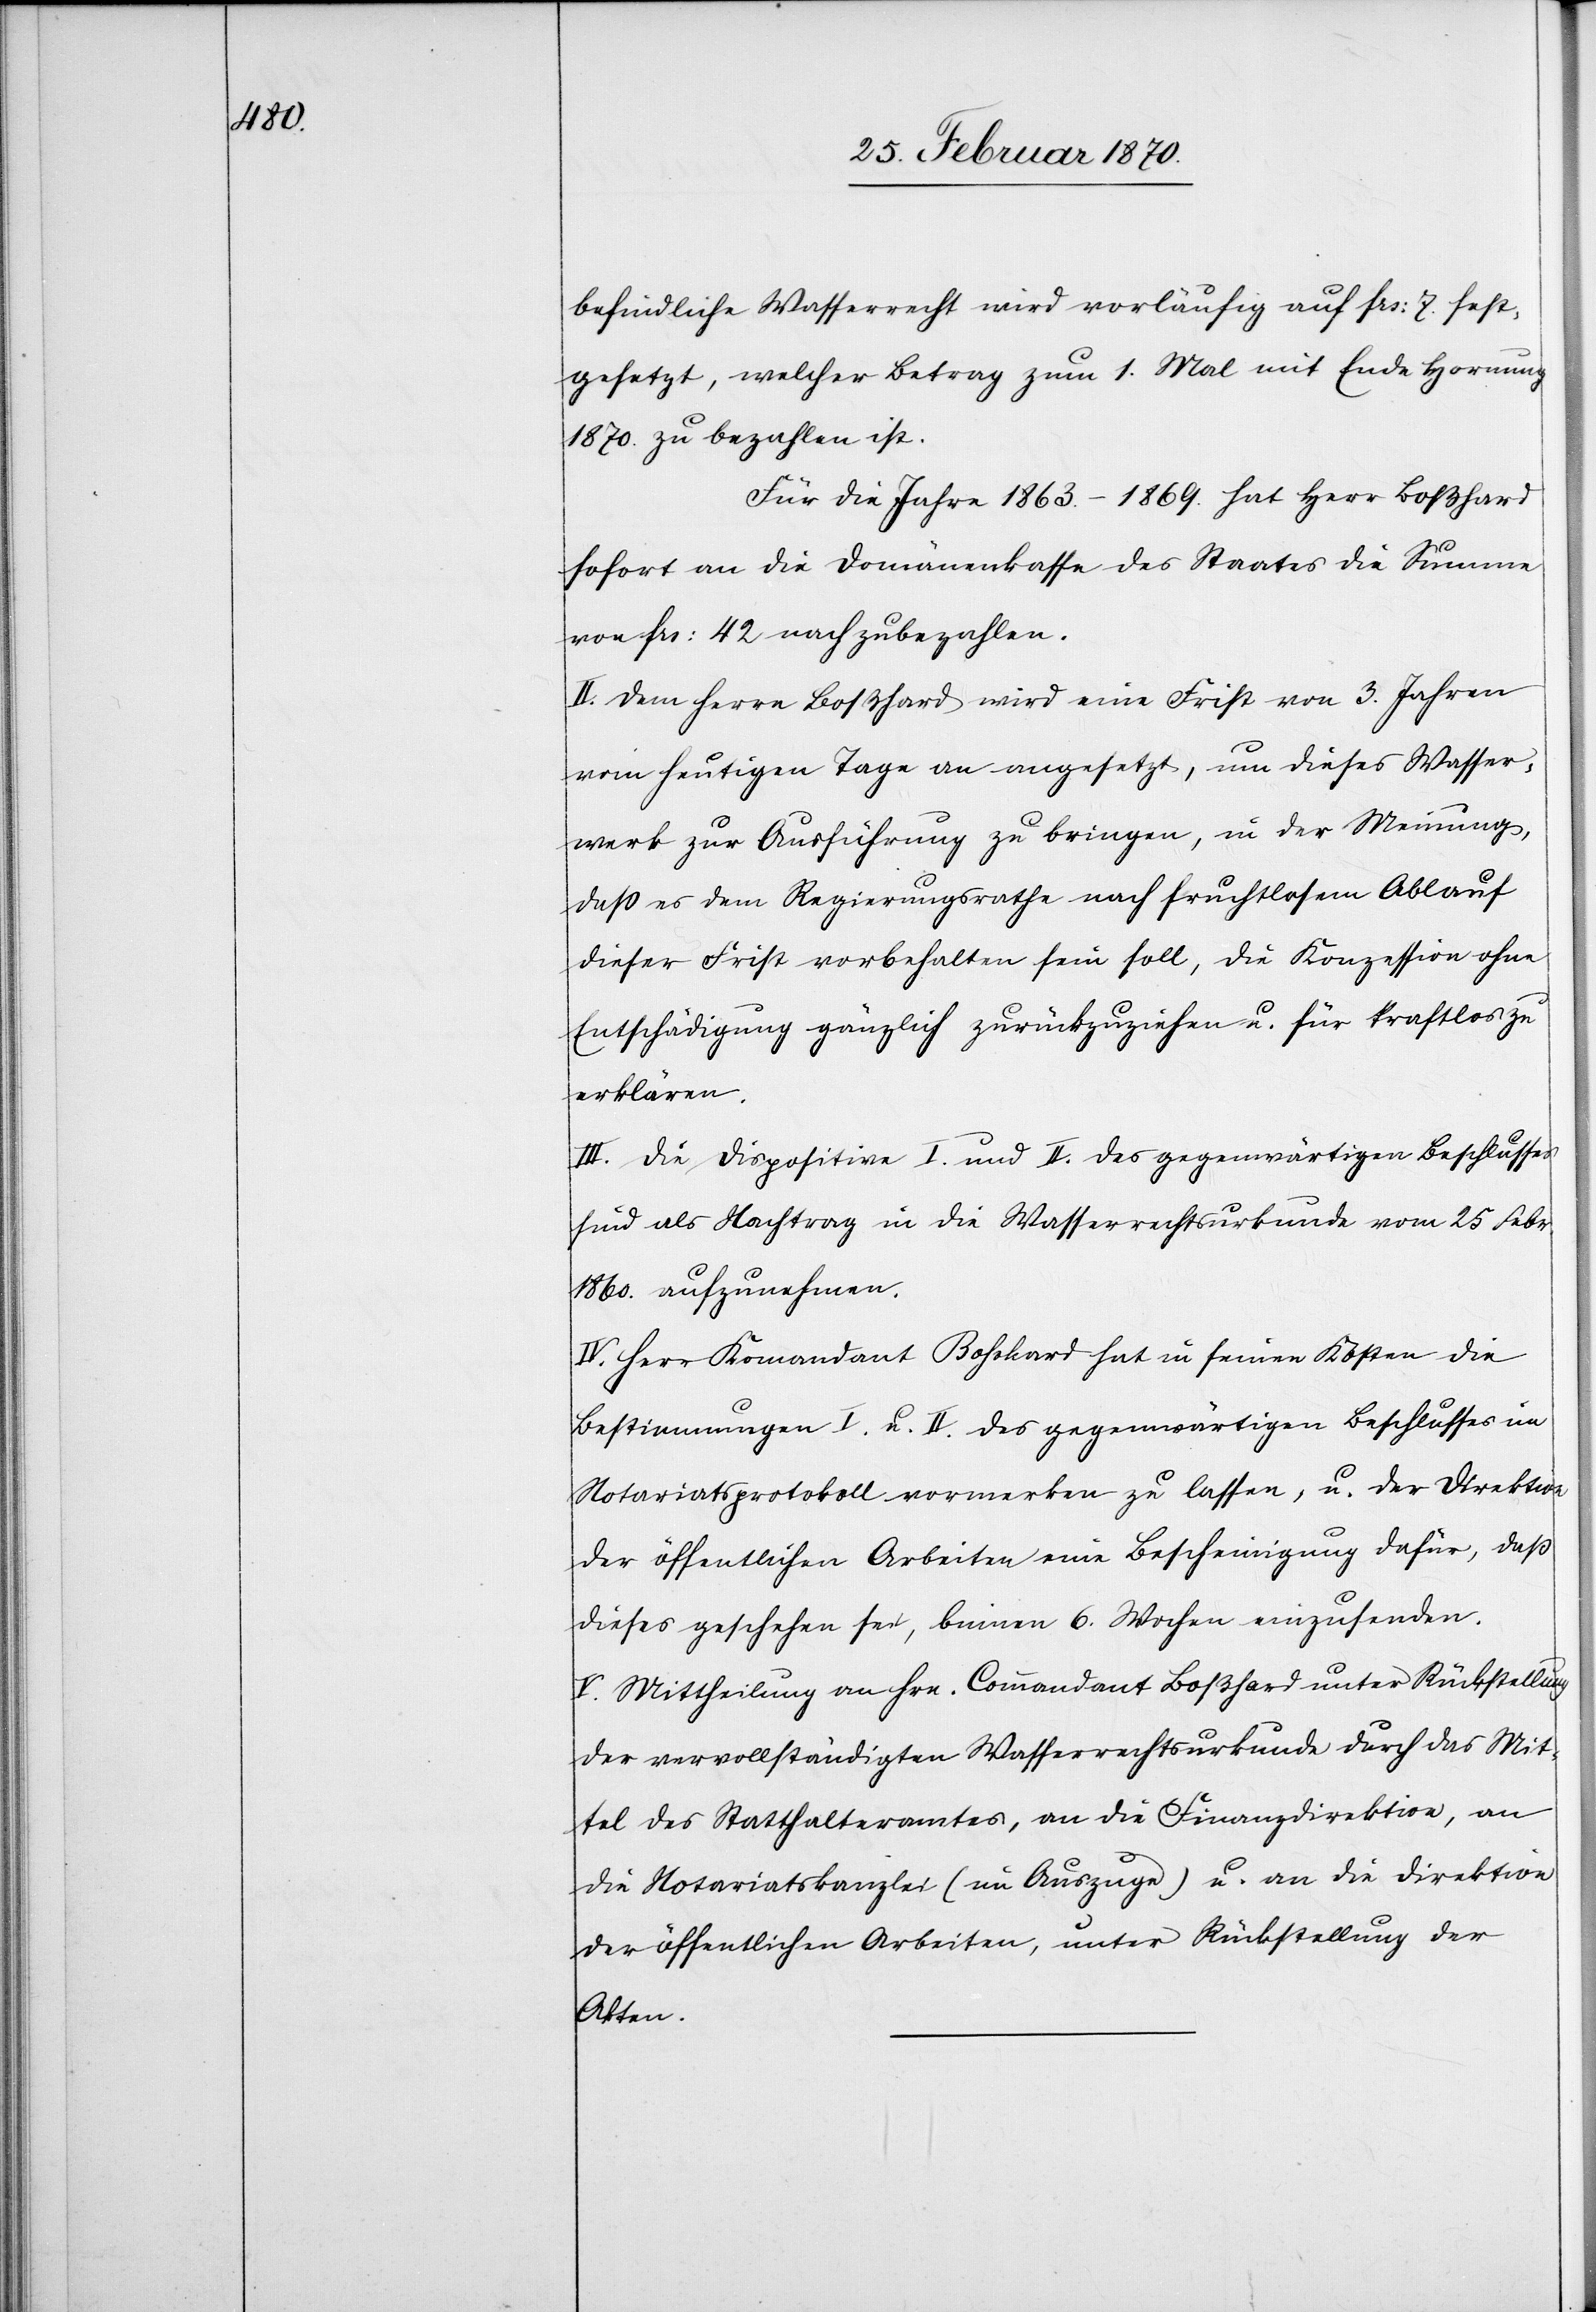
befindliche Wasserrecht wird vorläufig auf frs: 7. fest¬
gesetzt, welcher Betrag zum 1. Mal mit Ende Hornung
1870. zu bezahlen ist.
Für die Jahre 1863.–1869. hat Herr Boßhard
sofort an die Domänenkasse des Staates die Summe
von frs: 42 nachzubezahlen.
II. Dem Herrn Boßhard wird eine Frist von 3. Jahren
vom heutigen Tage an angesetzt, um dieses Wasser¬
werk zur Ausführung zu bringen, in der Meinung,
daß es dem Regierungsrathe nach fruchtlosem Ablauf
dieser Frist vorbehalten sein soll, die Konzession ohne
Entschädigung gänzlich zurückzuziehen u. für kraftlos zu
erklären.
III. Die Dispositive I. und II. des gegenwärtigen Beschlusses
sind als Nachtrag in die Wasserrechtsurkunde vom 25 Febr.
1860. aufzunehmen.
IV. Herr Komandant Bosshard hat in seinen Kosten die
Bestimmungen I. u. II. des gegenwärtigen Beschlusses im
Notariatsprotokoll vormerken zu lassen, u. der Direktion
der öffentlichen Arbeiten eine Bescheinigung dafür, daß
dieses geschehen sei, binnen 6. Wochen einzusenden.
V. Mittheilung an Hrn. Commandant Boßhard unter Rückstellung
der vervollständigten Wasserrechtsurkunde durch das Mit¬
tel des Statthalteramtes, an die Finanzdirektion, an
die Notariatskanzlei (im Auszuge) u. an die Direktion
der öffentlichen Arbeiten, unter Rückstellung der
Akten.